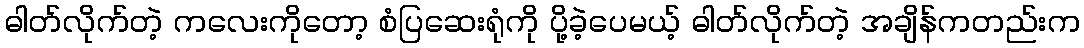
ဓါတ်လိုက်တဲ့ ကလေးကိုတော့ စံပြဆေးရုံကို ပို့ခဲ့ပေမယ့် ဓါတ်လိုက်တဲ့ အချိန်ကတည်းက